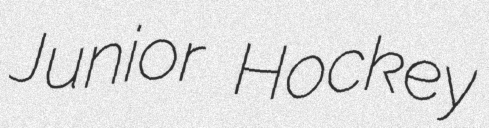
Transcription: Junior Hockey